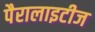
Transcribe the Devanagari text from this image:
पैरालाइटीज